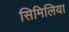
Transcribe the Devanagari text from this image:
सिमिलिया